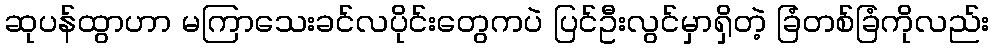
ဆုပန်ထွာဟာ မကြာသေးခင်လပိုင်းတွေကပဲ ပြင်ဦးလွင်မှာရှိတဲ့ ခြံတစ်ခြံကိုလည်း